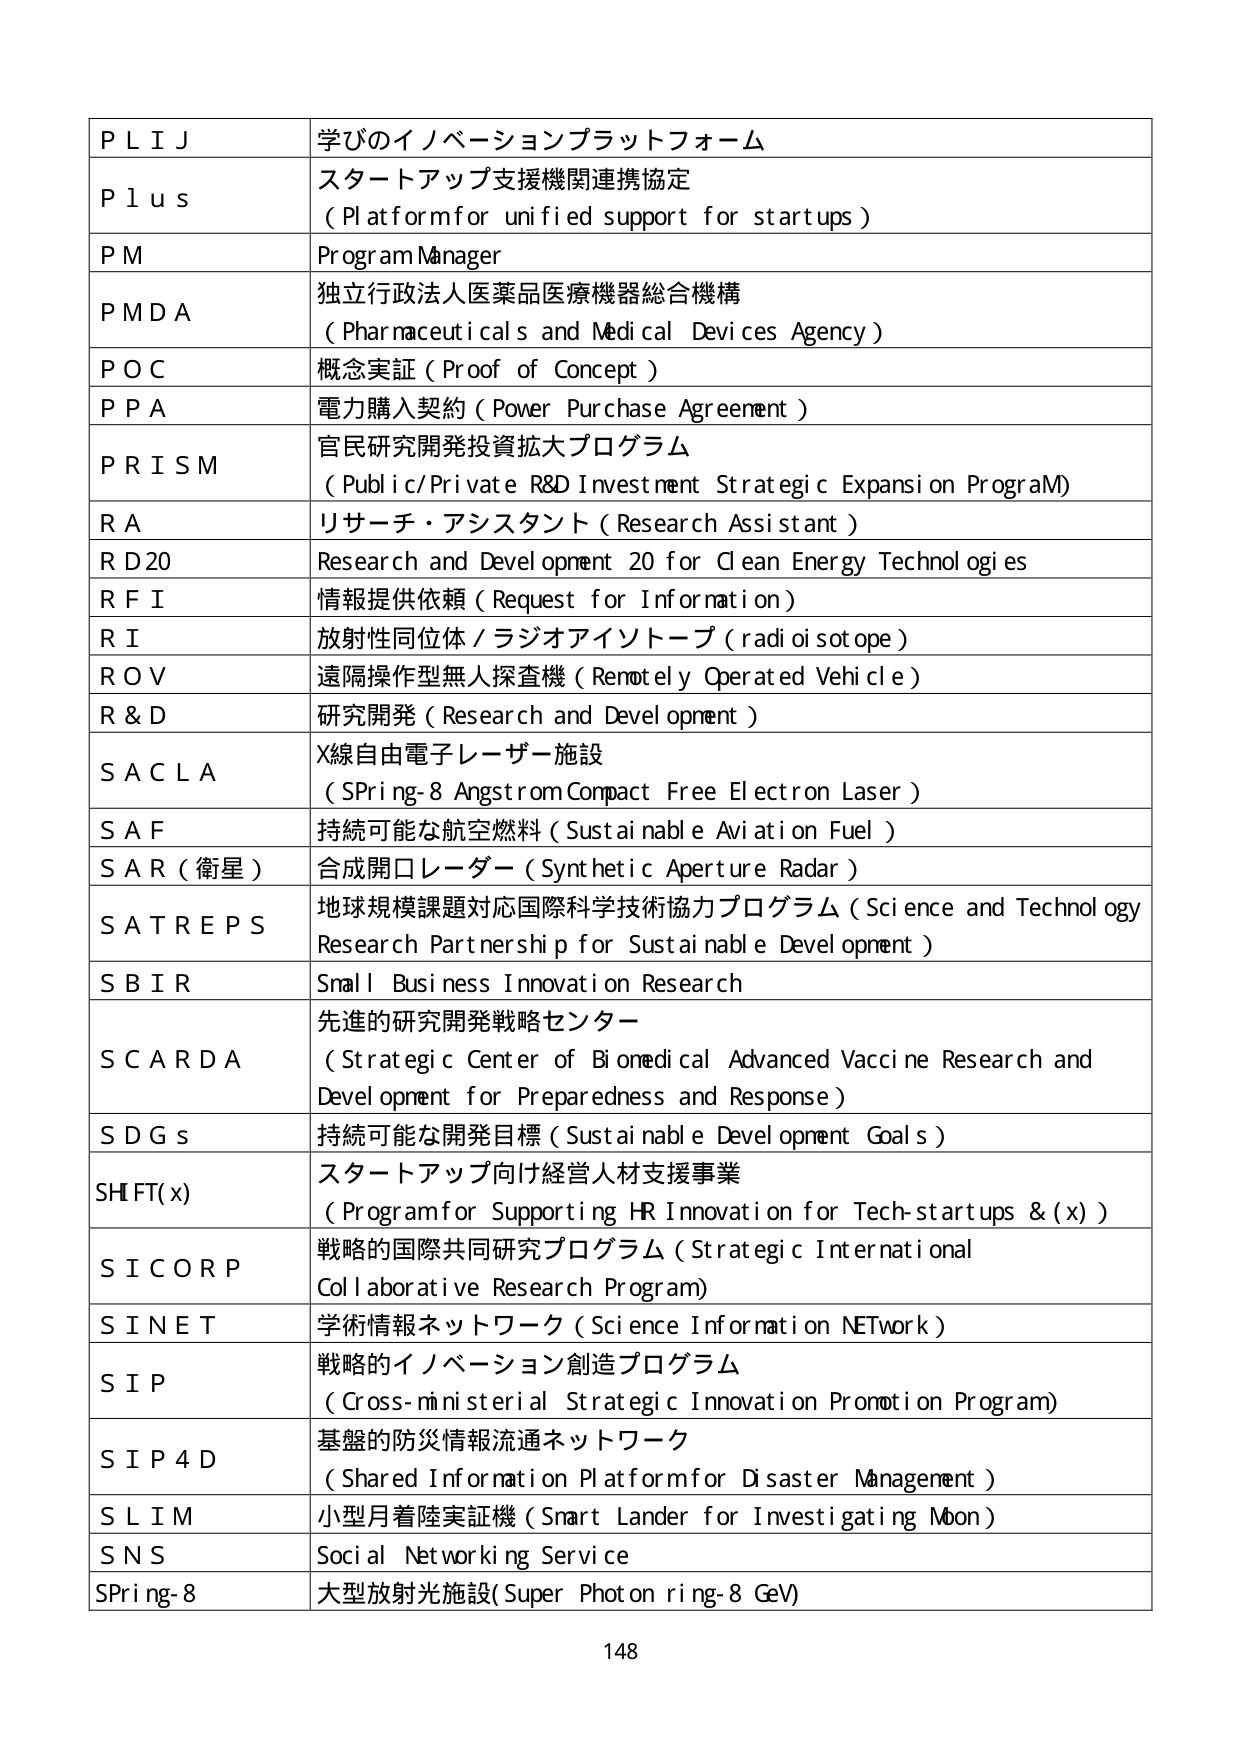
P L I J 学びのイノベーションプラットフォーム
P l u s スタートアップ支援機関連携協定 (Platform for unified support for startups)
P M Program Manager
P M D A 独立行政法人医薬品医療機器総合機構 (Pharmaceuticals and Medical Devices Agency)
P O C 概念実証 (Proof of Concept)
P P A 電力購入契約 (Power Purchase Agreement)
P R I S M 官民研究開発投資拡大プログラム (Public/Private R&D Investment Strategic Expansion Program)
R A リサーチ・アシスタント (Research Assistant)
R D 20 Research and Development 20 for Clean Energy Technologies
R F I 情報提供依頼 (Request for Information)
R I 放射性同位体／ラジオアイソトープ (radioisotope)
R O V 遠隔操作型無人探査機 (Remotely Operated Vehicle)
R & D 研究開発 (Research and Development)
S A C L A X線自由電子レーザー施設 (SPring-8 Angstrom Compact Free Electron Laser)
S A F 持続可能な航空燃料 (Sustainable Aviation Fuel)
S A R (衛星) 合成開口レーダー (Synthetic Aperture Radar)
S A T R E P S 地球規模課題対応国際科学技術協力プログラム (Science and Technology Research Partnership for Sustainable Development)
S B I R Small Business Innovation Research
S C A R D A 先進的研究開発戦略センター (Strategic Center of Biomedical Advanced Vaccine Research and Development for Preparedness and Response)
S D G s 持続可能な開発目標 (Sustainable Development Goals)
S H I F T (x) スタートアップ向け経営人材支援事業 (Program for Supporting HR Innovation for Tech-startups & (x))
S I C O R P 戦略的国際共同研究プログラム (Strategic International Collaborative Research Program)
S I N E T 学術情報ネットワーク (Science Information Network)
S I P 戦略的イノベーション創造プログラム (Cross-ministerial Strategic Innovation Promotion Program)
S I P 4 D 基盤的防災情報流通ネットワーク (Shared Information Platform for Disaster Management)
S L I M 小型月着陸実証機 (Smart Lander for Investigating Moon)
S N S Social Networking Service
SPring-8 大型放射光施設 (Super Photon ring-8 GeV)
148